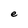
Character: e